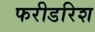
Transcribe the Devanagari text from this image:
फरीडरिश